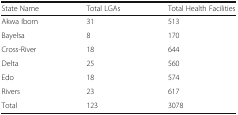
<table><thead><tr><td><b>State Name</b></td><td><b>Total LGAs</b></td><td><b>Total Health Facilities</b></td></tr></thead><tbody><tr><td>Akwa Ibom</td><td>31</td><td>513</td></tr><tr><td>Bayelsa</td><td>8</td><td>170</td></tr><tr><td>Cross-River</td><td>18</td><td>644</td></tr><tr><td>Delta</td><td>25</td><td>560</td></tr><tr><td>Edo</td><td>18</td><td>574</td></tr><tr><td>Rivers</td><td>23</td><td>617</td></tr><tr><td>Total</td><td>123</td><td>3078</td></tr></tbody></table>